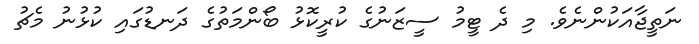
ނަތީޖާއަކުންނެވެ. މި ދެ ޓީމު ސީޒަނުގެ ކުރީކޮޅު ބޯންމަތުގެ ދަނޑުގައި ކުޅުނު މެޗު